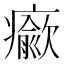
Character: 𤻍